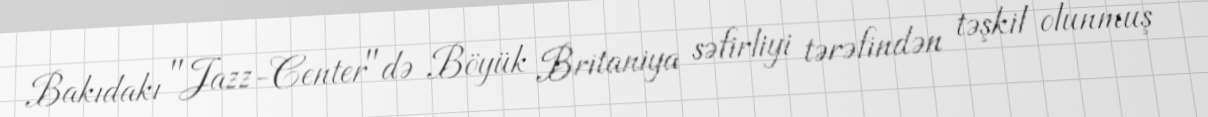
Bakıdakı "Jazz-Center"də Böyük Britaniya səfirliyi tərəfindən təşkil olunmuş